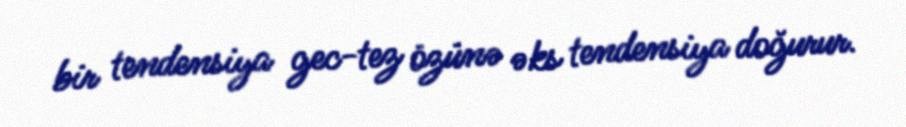
bir tendensiya gec-tez özünə əks tendensiya doğurur.